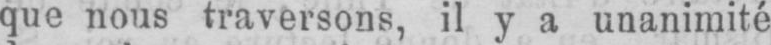
que nous traversons, il y a unanimité